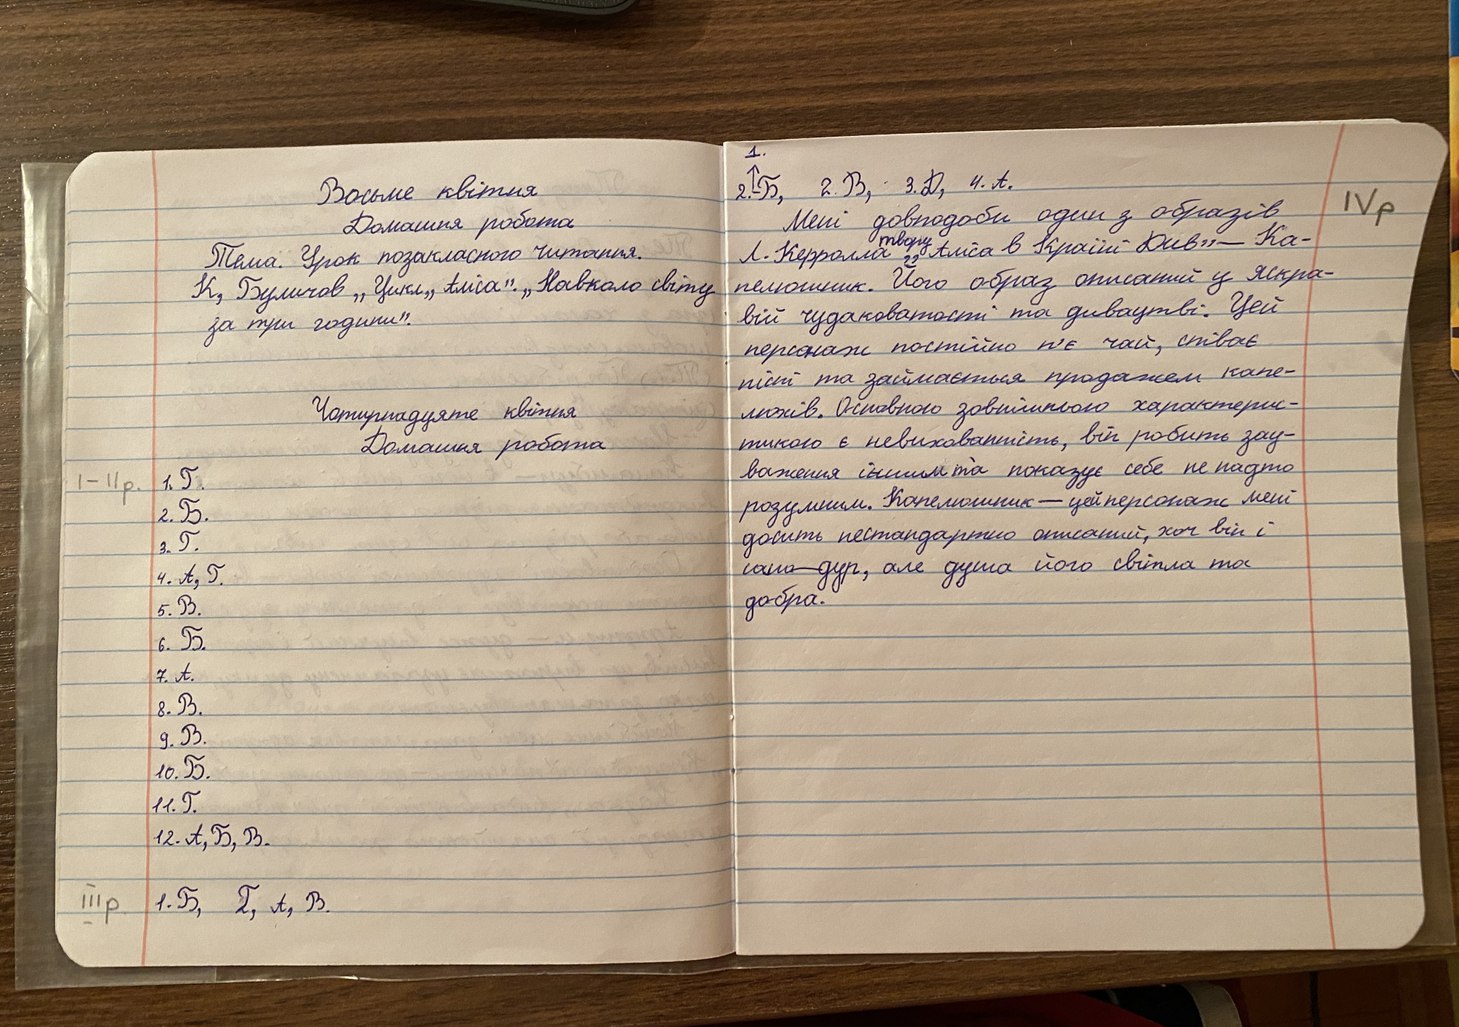
1.
2. ↑ -Б, 2. В, 3. Д, 4. А.
Восьме квітня
IV p
Мені довподоби один з образів
Домашня робота
Л. Керролла твору "Аліса в Країні Див" - Ка-
Тема. урок позакласного читання
пелюшник. Його образ описаний у яскра-
К, Буличов „Цикл „Аліса“. „Навколо світу
вій чудаковатості та дивацтві. Цей
за три години".
персонаж постійно п’є чай,співає
пісні та займається продажем капе-
Чотирнадцяте квітня
люхів. Основною зовнішньою характерис-
тикою є невихованність, він робить зау-
Домашня робота
важення іншим та показує себе не надто
1. Г.
І-ІІ p
розумним. Капелюшник — цей персонаж мені
2. Б.
досить нестандартно описаний, хоч він і
3. Г.
самодур, але душа його світла та
4. A, Г.
добра.
5. B.
6. Б.
7. А.
8. B.
9. В.
10. Б.
11. Г.
12. A, Б,B.
III p
1. Б, Г, А, В.